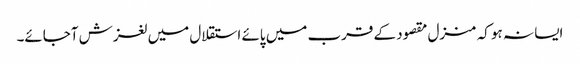
ایسا نہ ہو کہ منزل مقصود کے قرب میں پائے استقلال میں لغزش آجائے۔